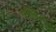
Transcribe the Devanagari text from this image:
प्लीहेस